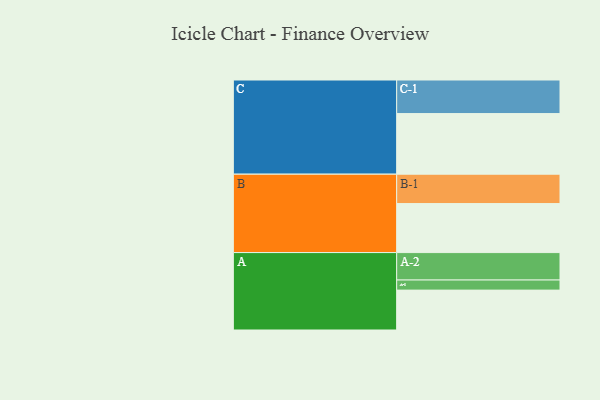
{"axis": {"x": "Segment", "y": "Value"}, "legend": ["", "A", "B", "C"], "data": [{"x": "A", "y": 323, "type": ""}, {"x": "B", "y": 397, "type": ""}, {"x": "C", "y": 491, "type": ""}, {"x": "A-1", "y": 82, "type": "A"}, {"x": "A-2", "y": 222, "type": "A"}, {"x": "B-1", "y": 238, "type": "B"}, {"x": "C-1", "y": 272, "type": "C"}]}